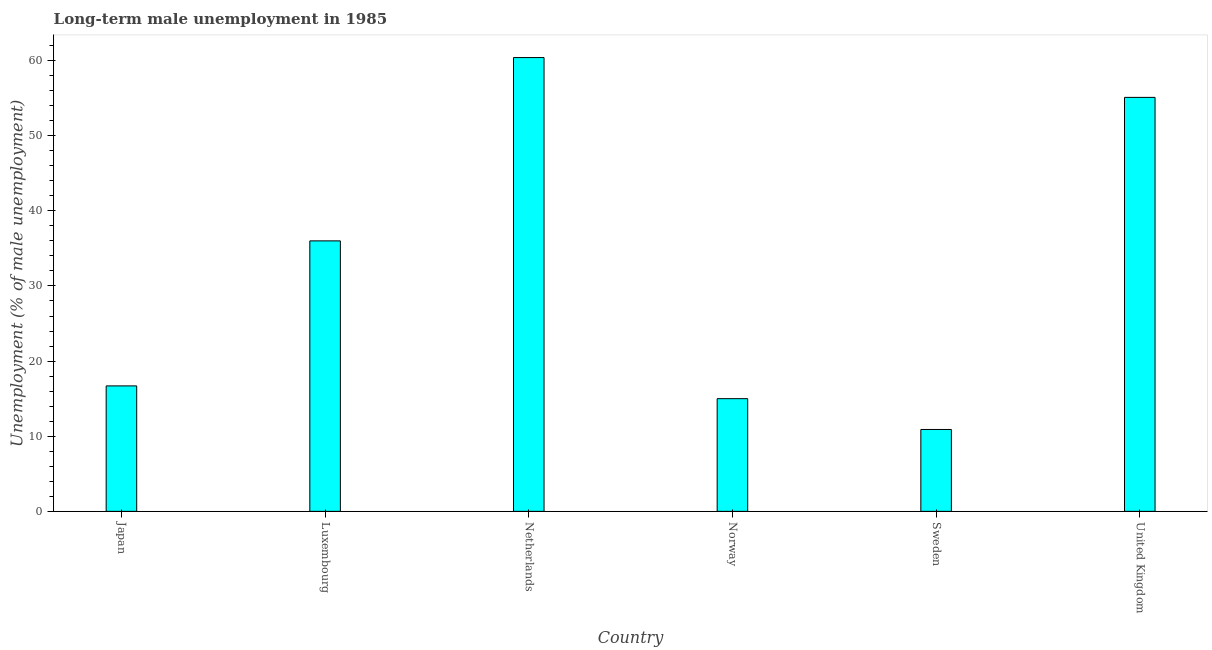
| Country | Long-term unemployment male |
 | --- | --- |
 | Japan | 16.7 |
 | Luxembourg | 36 |
 | Netherlands | 60.4 |
 | Norway | 15 |
 | Sweden | 10.9 |
 | United Kingdom | 55.1 |